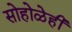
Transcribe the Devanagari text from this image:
सोहोळेही